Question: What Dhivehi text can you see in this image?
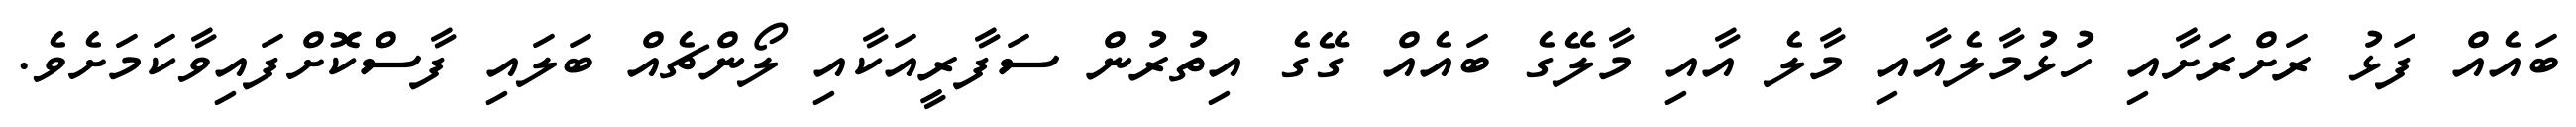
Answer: ބައެއް ފަޅު ރަށްރަށާއި ހުޅުމާލެއާއި މާލެ އާއި މާލޭގެ ބައެއް ގޭގެ އިތުރުން ސަފާރީއަކާއި ލޯންޗެއް ބަލައި ފާސްކޮށްފައިވާކަމަށެވެ.